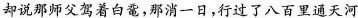
却说那师父驾着白鼋，那消一日，行过了八百里通天河